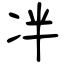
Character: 冸